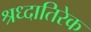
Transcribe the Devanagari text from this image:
श्रध्दातिरेक